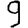
Digit: 9